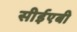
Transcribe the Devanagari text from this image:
सीईएबी